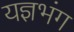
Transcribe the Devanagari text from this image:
यज्ञभंग